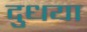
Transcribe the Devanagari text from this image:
दुधया